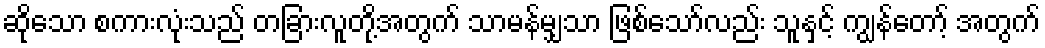
ဆိုသော စကားလုံးသည် တခြားလူတို့အတွက် သာမန်မျှသာ ဖြစ်သော်လည်း သူနှင့် ကျွန်တော့် အတွက်